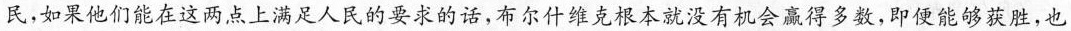
民，如果他们能在这两点上满足人民的要求的话，布尔什维克根本就没有机会赢得多数，即便能够获胜，也